Annual statistical returns and brief notes on vaccination in Bengal - 1887-1898
Year: 1887
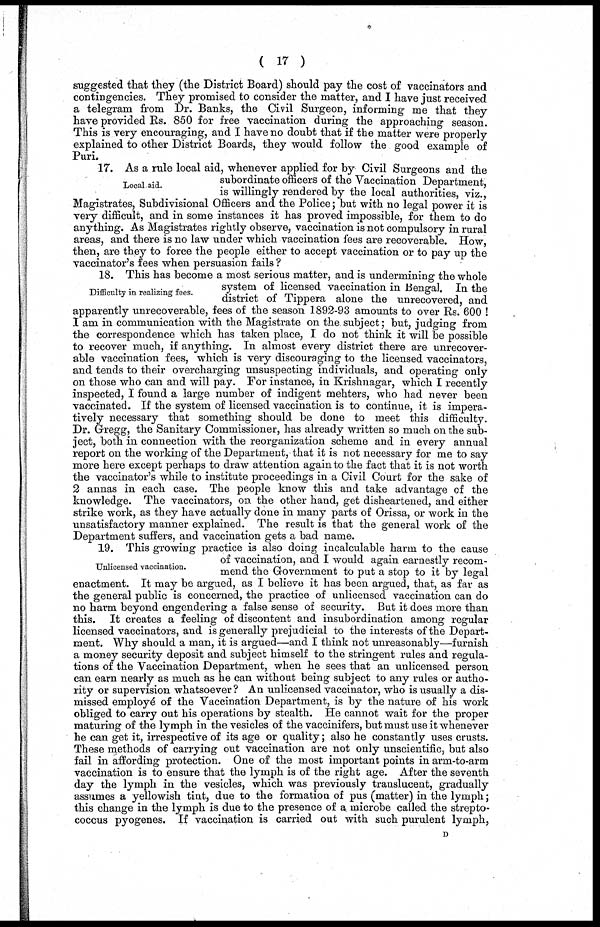
( 17 )
suggested that they (the District Board) should pay the cost of vaccinators and
contingencies. They promised to consider the matter, and I have just received
a telegram from Dr. Banks, the Civil Surgeon, informing me that they
have provided Rs. 850 for free vaccination during the approaching season.
This is very encouraging, and I have no doubt that if the matter were properly
explained to other District Boards, they would follow the good example of
Puri.
Local aid.
17. As a rule local aid, whenever applied for by Civil Surgeons and the
subordinate officers of the Vaccination Department,
is willingly rendered by the local authorities, viz.,
Magistrates, Subdivisional Officers and the Police; but with no legal power it is
very difficult, and in some instances it has proved impossible, for them to do
anything. As Magistrates rightly observe, vaccination is not compulsory in rural
areas, and there is no law under which vaccination fees are recoverable. How,
then, are they to force the people either to accept vaccination or to pay up the
vaccinator's fees when persuasion fails ?
Difficulty in realizing fees.
18. This has become a most serious matter, and is undermining the whole
system of licensed vaccination in Bengal. In the
district of Tippera alone the unrecovered, and
apparently unrecoverable, fees of the season 1892-93 amounts to over Rs. 600 !
I am in communication with the Magistrate on the subject; but, judging from
the correspondence which has taken place, I do not think it will be possible
to recover much, if anything. In almost every district there are unrecover-
able vaccination fees, which is very discouraging to the licensed vaccinators,
and tends to their overcharging unsuspecting individuals, and operating only
on those who can and will pay. For instance, in Krishnagar, which I recently
inspected, I found a large number of indigent mehters, who had never been
vaccinated. If the system of licensed vaccination is to continue, it is impera-
tively necessary that something should be done to meet this difficulty.
Dr. Gregg, the Sanitary Commissioner, has already written so much on the sub-
ject, both in connection with the reorganization scheme and in every annual
report on the working of the Department, that it is not necessary for me to say
more here except perhaps to draw attention again to the fact that it is not worth
the vaccinator's while to institute proceedings in a Civil Court for the sake of
2 annas in each case. The people know this and take advantage of the
knowledge. The vaccinators, on the other hand, get disheartened, and either
strike work, as they have actually done in many parts of Orissa, or work in the
unsatisfactory manner explained. The result is that the general work of the
Department suffers, and vaccination gets a bad name.
Unlicensed vaccination.
19. This growing practice is also doing incalculable harm to the cause
of vaccination, and I would again earnestly recom-
mend the Government to put a stop to it by legal
enactment. It may be argued, as I believe it has been argued, that, as far as
the general public is concerned, the practice of unlicensed vaccination can do
no harm beyond engendering a false sense of security. But it does more than
this. It creates a feeling of discontent and insubordination among regular
licensed vaccinators, and is generally prejudicial to the interests of the Depart-
ment. Why should a man, it is argued—and I think not unreasonably—furnish
a money security deposit and subject himself to the stringent rules and regula-
tions of the Vaccination Department, when he sees that an unlicensed person
can earn nearly as much as he can without being subject to any rules or autho-
rity or supervision whatsoever? An unlicensed vaccinator, who is usually a dis-
missed employe of the Vaccination Department, is by the nature of his work
obliged to carry out his operations by stealth. He cannot wait for the proper
maturing of the lymph in the vesicles of the vaccinifers, but must use it whenever
he can get it, irrespective of its age or quality; also he constantly uses crusts.
These methods of carrying out vaccination are not only unscientific, but also
fail in affording protection. One of the most important points in arm-to-arm
vaccination is to ensure that the lymph is of the right age. After the seventh
day the lymph in the vesicles, which was previously translucent, gradually
assumes a yellowish tint, due to the formation of pus (matter) in the lymph;
this change in the lymph is due to the presence of a microbe called the strepto-
coccus pyogenes, If vaccination is carried out with such purulent lymph,
D